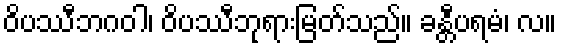
ဝိပဿီဘဂဝါ၊ ဝိပဿီဘုရားမြတ်သည်။ ခန္တီပရမံ၊ လ။